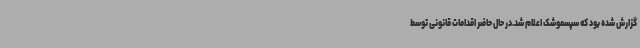
گزارش شده بود که سپسموشک اعلام شد.در حال حاضر اقدامات قانونی توسط